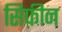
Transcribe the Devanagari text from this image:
सिफ़ीन